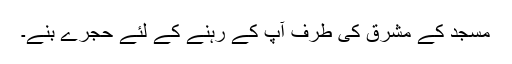
مسجد کے مشرق کی طرف آپ کے رہنے کے لئے حجرے بنے۔